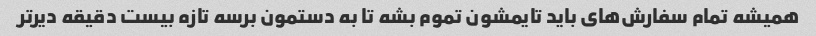
همیشه تمام سفارش‌های باید تایمشون تموم بشه تا به دستمون برسه تازه بیست دقیقه دیر‌تر